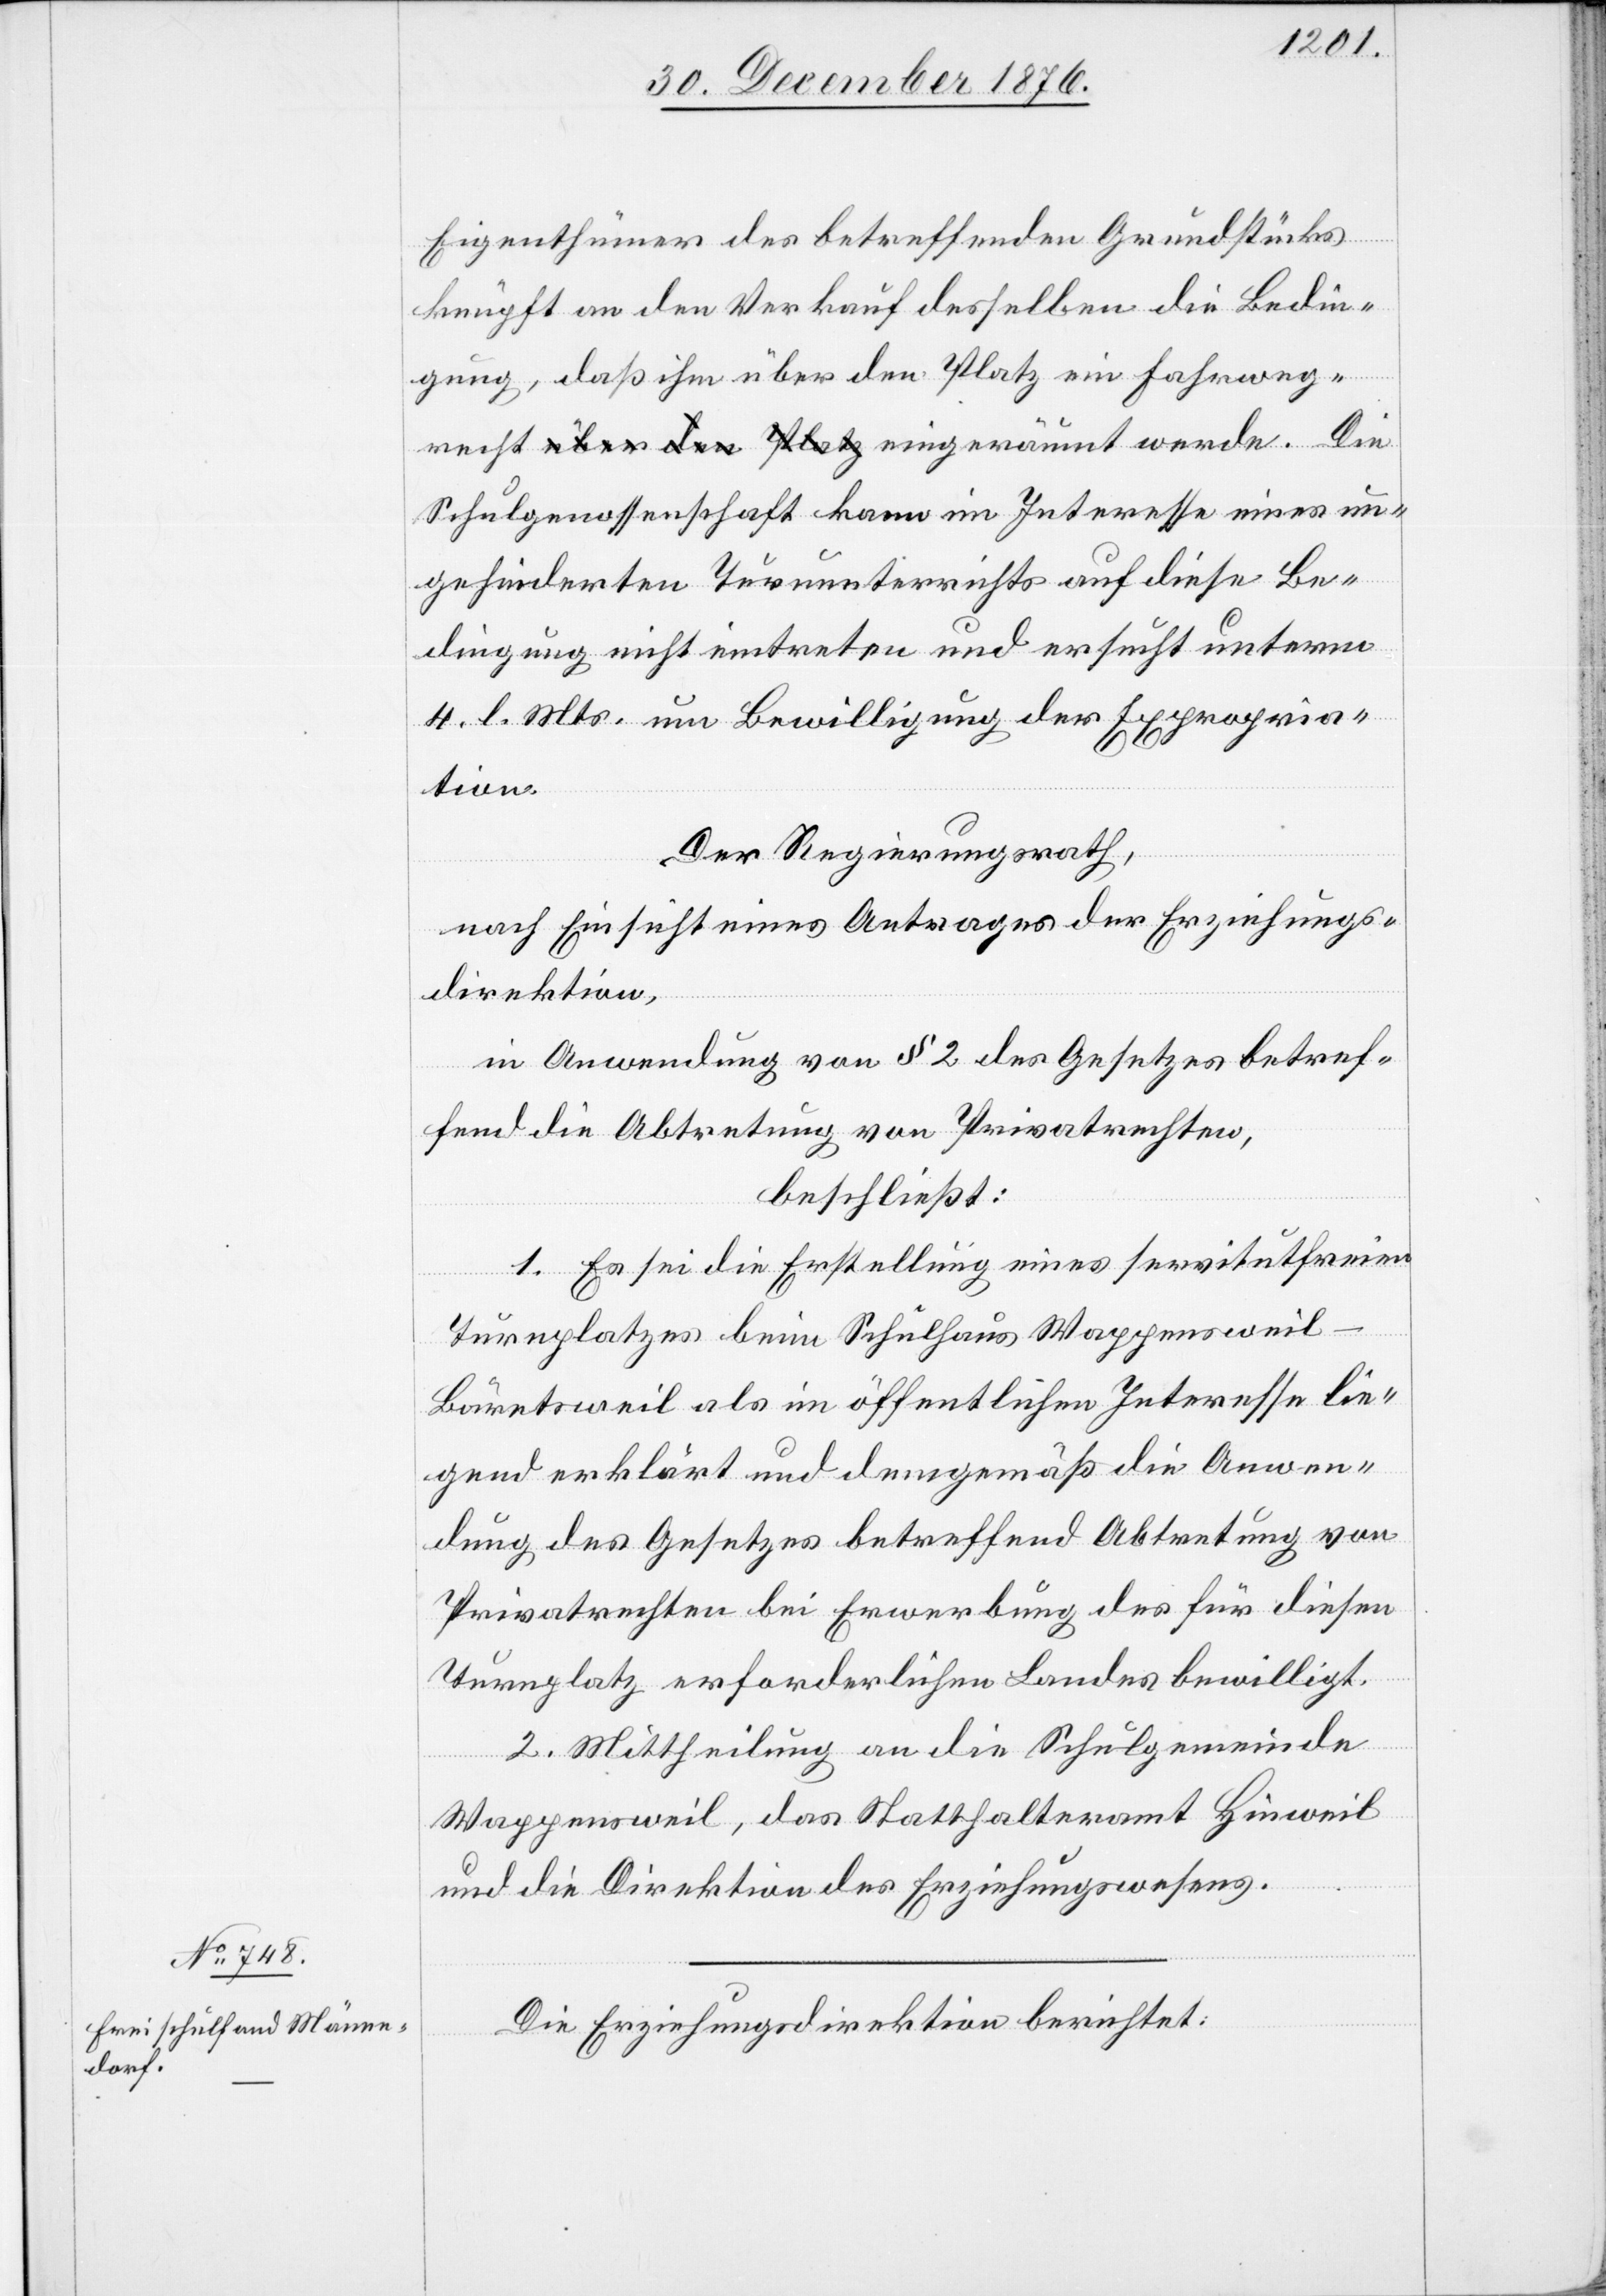
Die
Eigenthümer des betreffenden Grundstücks
knüpft an den Verkauf desselben die Bedin¬
gung, daß ihm über den Platz ein Fahrweg¬
Schulgenossenschaft kann im Interesse eines un¬
gehinderten Turnunterrichts auf diese Be¬
dingung nicht eintreten und ersucht unterm
4. l. Mts. um Bewilligung der Expropria¬
tion.
Der Regierungsrath,
nach Einsicht eines Antrages der Erziehungs¬
direktion,
in Anwendung von § 2 des Gesetzes betref¬
fend die Abtretung von Privatrechten,
beschließt:
1. Es sei die Erstellung eines servitutfreien
recht
Turnplatzes beim Schulhaus Wappensweil-B¬
äretsweil als im öffentlichen Interesse lie¬
gend erklärt und demgemäß die Anwen¬
dung des Gesetzes betreffend Abtretung von
Privatrechten bei Erwerbung des für diesen
Turnplatz erforderlichen Landes bewilligt.
2. Mittheilung an die Schulgemeinde
Wappensweil, das Statthalteramt Hinweil
und die Direktion des Erziehungswesens.
Die Erziehungsdirektion berichtet: